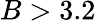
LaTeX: B>3.2